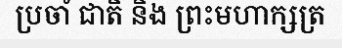
ប្រចាំ ជាតិ និង ព្រះមហាក្សត្រ